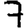
Digit: 7